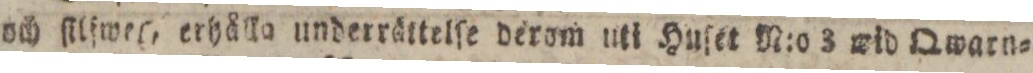
och ſilfweg, erhålka underrättelſe derom uti Huſet N:o 3 wid Qwarn=